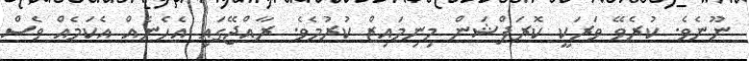
ނޫނެވެ. ކުރެވޭ ވަރަކީ ކޮރަޕްޝަން މިނިމައިޒް ކުރުމެވެ. ރާއްޖޭގައި އެހެނެއް އެކަމެއް ވެސް